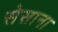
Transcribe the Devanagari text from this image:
सेसाना